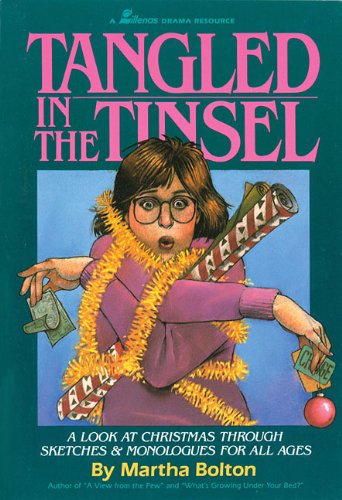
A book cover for Tangled in the Tinsel: A Look at Christmas Through Sketches & Monologues for All Ages; Martha Bolton; Literature & Fiction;